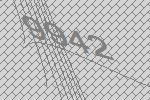
9942